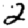
Digit: 2